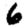
Digit: 6